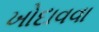
ખોદાવવા